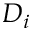
D _ { i }